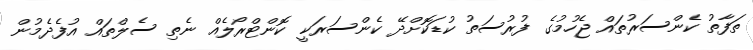
ތަފާތު ކެންސަރުތައް ޖެހުމުގެ ފުރުސަތު ކުޑަކޮށްދޭ ކެންސަރަކީ ކޮންޓްރޯލެއް ނެތި ސެލްތައް އުފެދެމުން